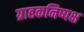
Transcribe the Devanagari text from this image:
ग्राहकनिष्पक्ष